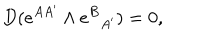
D ( e ^ { A A ^ { \prime } } \wedge e ^ { B } { } _ { A ^ { \prime } } ) = 0 ,